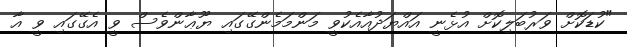
"ކުޑަކޮށް ވަރުބަލިކޮށް އުޅެނީ އައްޔަދުއާއެކުވީ މަންމަމެންގޭގައި ޔޫޢާންވެސް ވީ އެގޭގައި ވީ އާ